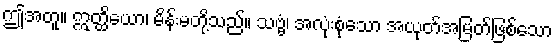
ဤအတူ။ ဣတ္ထိယော၊ မိန်းမတို့သည်။ သဗ္ဗံ၊ အလုံးစုံသော အယုတ်အမြတ်ဖြစ်သော